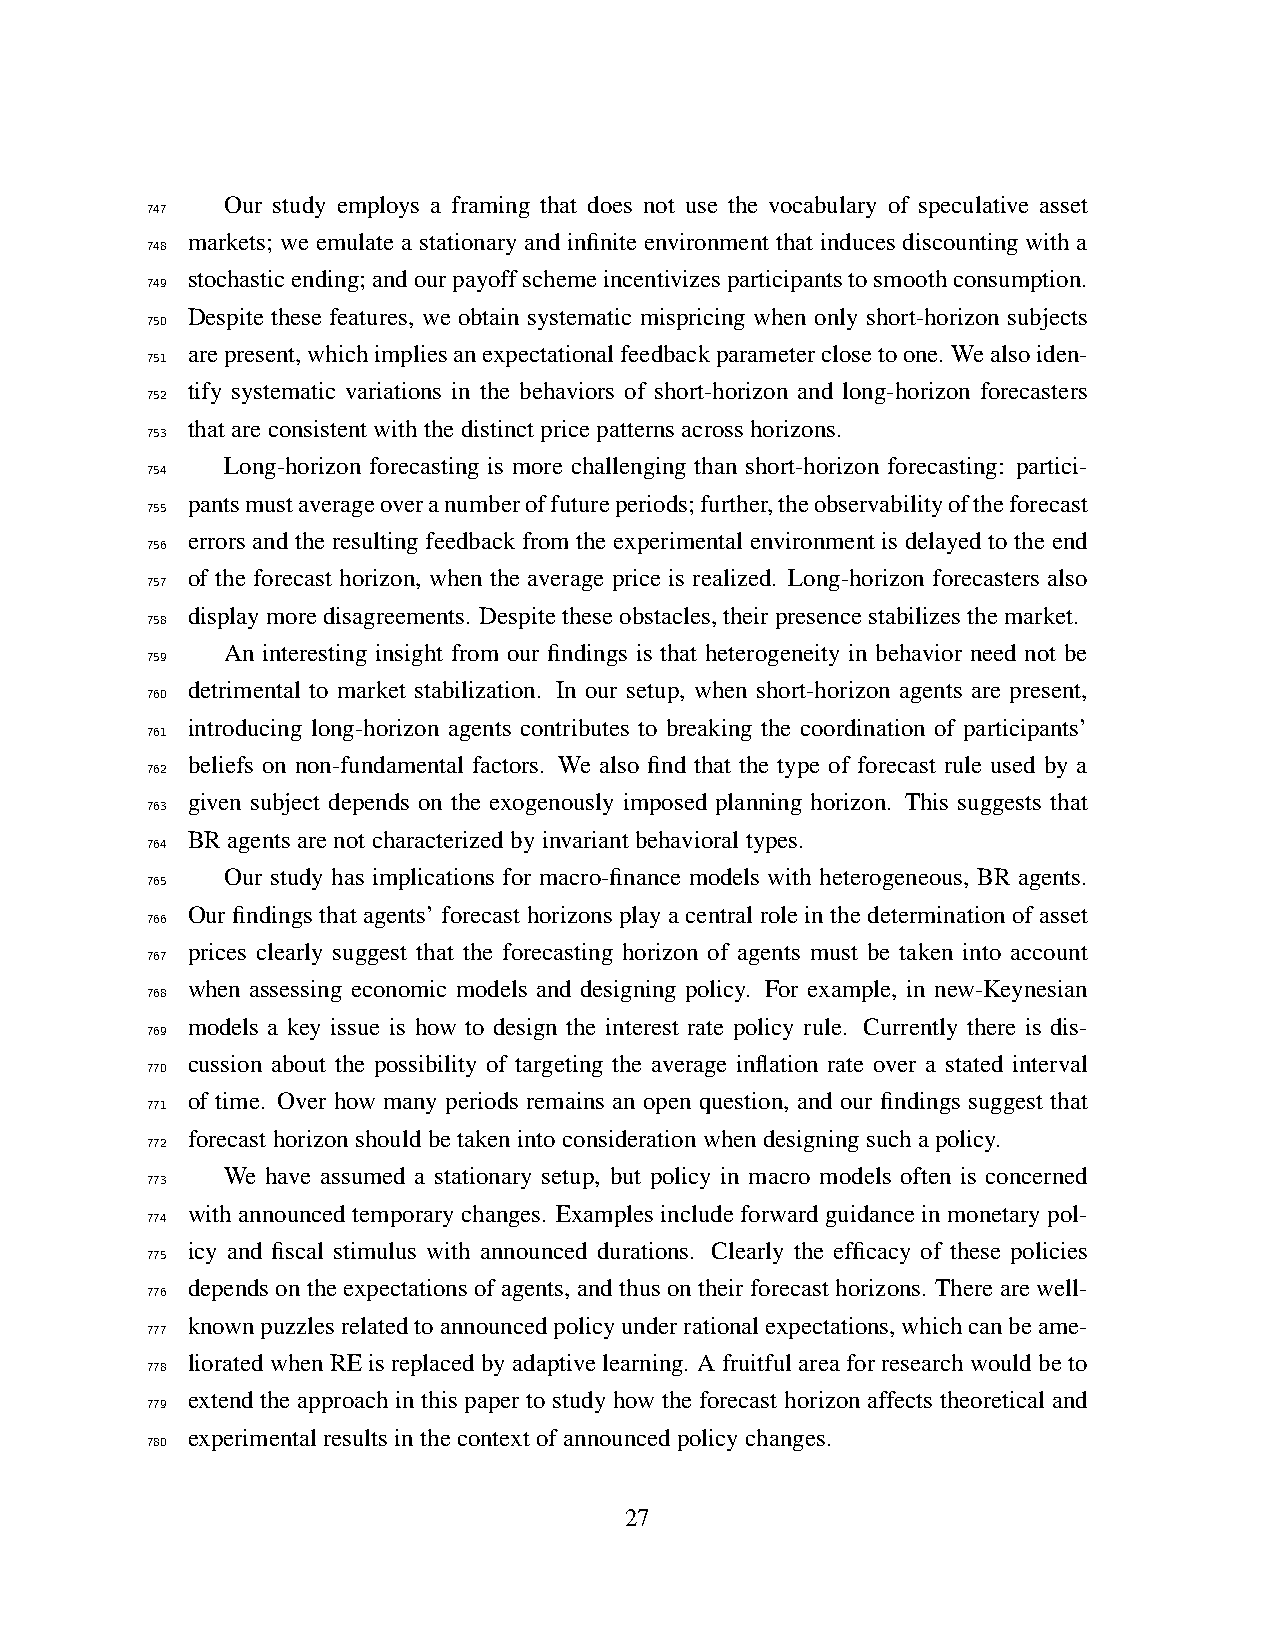
Our study employs a framing that does not use the vocabulary of speculative asset
 747
 markets; we emulate a stationary and infinite environment that induces discounting with a
 748
 stochasticending;andourpayoffschemeincentivizesparticipantstosmoothconsumption.
 749
 Despite these features, we obtain systematic mispricing when only short-horizon subjects
 750
 arepresent,whichimpliesanexpectationalfeedbackparameterclosetoone. Wealsoiden-
 751
 tify systematic variations in the behaviors of short-horizon and long-horizon forecasters
 752
 thatareconsistentwiththedistinctpricepatternsacrosshorizons.
 753
 Long-horizon forecasting is more challenging than short-horizon forecasting: partici-
 754
 pantsmustaverageoveranumberoffutureperiods;further,theobservabilityoftheforecast
 755
 errors and the resulting feedback from the experimental environment is delayed to the end
 756
 of the forecast horizon, when the average price is realized. Long-horizon forecasters also
 757
 displaymoredisagreements. Despitetheseobstacles,theirpresencestabilizesthemarket.
 758
 An interesting insight from our findings is that heterogeneity in behavior need not be
 759
 detrimental to market stabilization. In our setup, when short-horizon agents are present,
 760
 introducing long-horizon agents contributes to breaking the coordination of participants’
 761
 beliefs on non-fundamental factors. We also find that the type of forecast rule used by a
 762
 given subject depends on the exogenously imposed planning horizon. This suggests that
 763
 BRagentsarenotcharacterizedbyinvariantbehavioraltypes.
 764
 Our study has implications for macro-finance models with heterogeneous, BR agents.
 765
 Our findings that agents’ forecast horizons play a central role in the determination of asset
 766
 prices clearly suggest that the forecasting horizon of agents must be taken into account
 767
 when assessing economic models and designing policy. For example, in new-Keynesian
 768
 models a key issue is how to design the interest rate policy rule. Currently there is dis-
 769
 cussion about the possibility of targeting the average inflation rate over a stated interval
 770
 of time. Over how many periods remains an open question, and our findings suggest that
 771
 forecasthorizonshouldbetakenintoconsiderationwhendesigningsuchapolicy.
 772
 We have assumed a stationary setup, but policy in macro models often is concerned
 773
 with announced temporary changes. Examples include forward guidance in monetary pol-
 774
 icy and fiscal stimulus with announced durations. Clearly the efficacy of these policies
 775
 depends on the expectations of agents, and thus on their forecast horizons. There are well-
 776
 knownpuzzlesrelatedtoannouncedpolicyunderrationalexpectations,whichcanbeame-
 777
 lioratedwhenREisreplacedbyadaptivelearning. Afruitfulareaforresearchwouldbeto
 778
 extend the approach in this paper to study how the forecast horizon affects theoretical and
 779
 experimentalresultsinthecontextofannouncedpolicychanges.
 780
 27